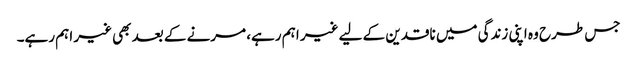
جس طرح وہ اپنی زندگی میں ناقدین کے لیے غیر اہم رہے، مرنے کے بعد بھی غیر اہم رہے۔